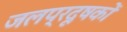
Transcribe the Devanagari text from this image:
जलप्रदूषकों